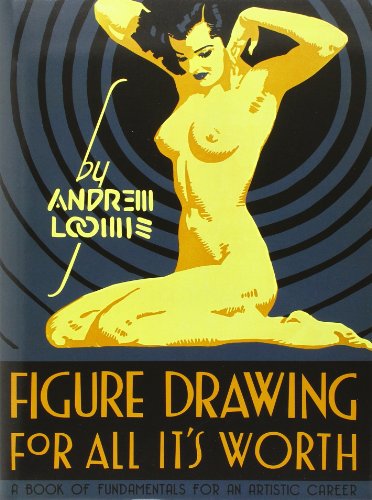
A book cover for Figure Drawing for All It's Worth; Andrew Loomis; Arts & Photography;